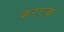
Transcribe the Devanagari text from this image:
करएक